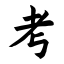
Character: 考